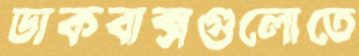
ডাকবাক্সগুলোতে